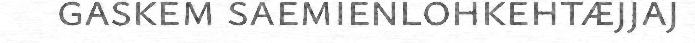
gaskem saemienlohkehtæjjaj